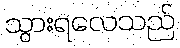
သွားရလေသည်